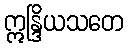
ဣန္ဒြိယသတေ